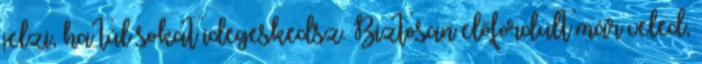
jelzi, ha túl sokat idegeskedsz. Biztosan előfordult már veled,